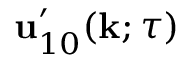
{ \bf { u } } _ { 1 0 } ^ { \prime } ( { \bf { k } } ; \tau )